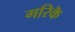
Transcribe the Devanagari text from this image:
गरिकॆ